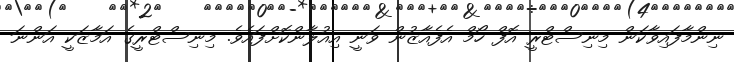
ނިންމާފައިވާކަން މިނިސްޓްރީ އޮފް ހޯމް އެފެއާޒުން ވަނީ އިއުލާންކޮށްފައެވެ. މިނިސްޓްރީގެ އަމާޒަކީ އަންނަ